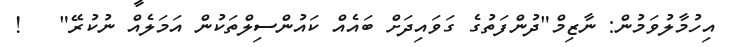
އިހުމާލުވަމުން: ނާޒިމް"ދުންފަތުގެ ގަވައިދަށް ބައެއް ކައުންސިލްތަކުން އަމަލެއް ނުކުރޭ"   !